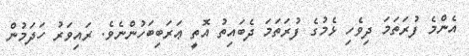
އެންމެ ފުރަތަމަ ދިވެހި ޅެމުގެ ފުރަތަމަ ދެބައިތު އޮތީ ޢަރަބިބަހުންނެވެ. ރައިވަރު ހަދަމުން